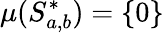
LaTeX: \mu(S_{a,b}^{*})=\{ 0\}